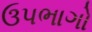
ઉપભાગો